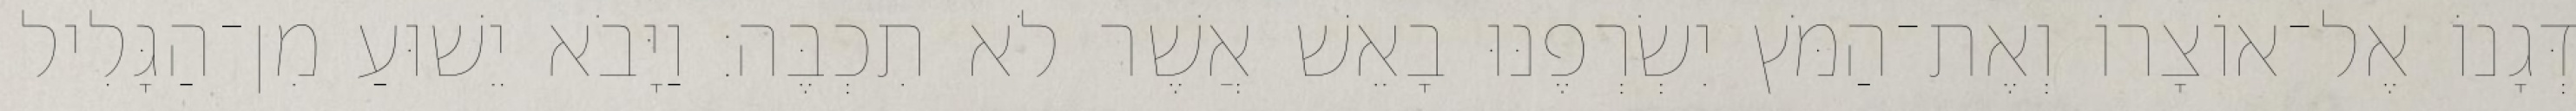
דְּגָנוֹ אֶל־אוֹצָרוֹ וְאֶת־הַמֹּץ יִשְׂרְפֶנּוּ בָאֵשׁ אֲשֶׁר לֹא תִכְבֶּה׃ וַיָּבֹא יֵשׁוּעַ מִן־הַגָּלִיל